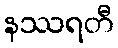
နဿရတီ